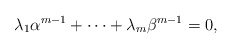
\begin{align*} \lambda_1\alpha^{m-1}+\cdots +\lambda_m\beta^{m-1}=0, \end{align*}